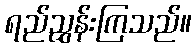
ရည်ညွှန်းကြသည်။